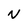
Character: N